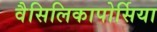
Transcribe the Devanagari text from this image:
वैसिलिकापोर्सिया